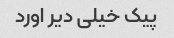
پیک خیلی دیر اورد